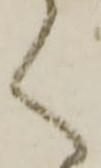
く